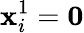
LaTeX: \mathbf{x}_{i}^{1}=\mathbf{0}